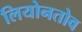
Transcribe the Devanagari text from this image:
लियोनतोव